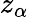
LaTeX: z_{\alpha}